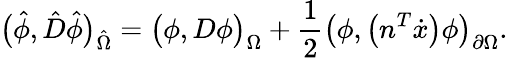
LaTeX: \big(\hat{\phi},\hat{D}\hat{\phi}\big)_{\hat{\Omega}}=\big(\phi,D\phi\big)_{\Omega}+\frac{1}{2}\big(\phi,\big(n^{T}\dot{x}\big)\phi\big)_{\partial\Omega}.